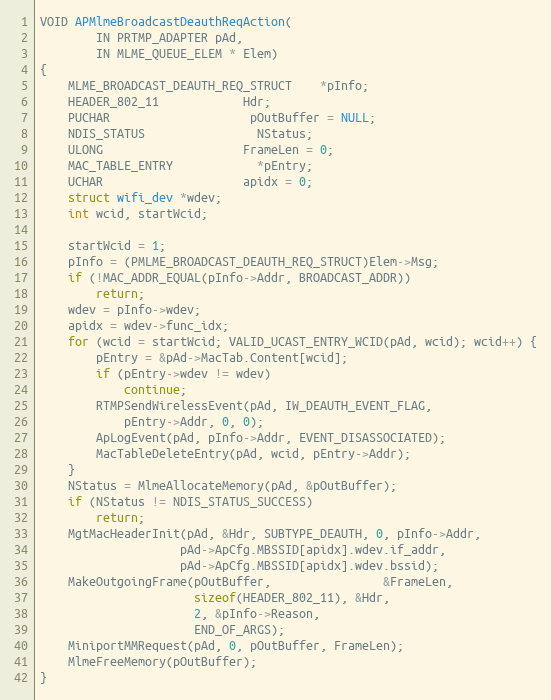
Language: C
VOID APMlmeBroadcastDeauthReqAction(
		IN PRTMP_ADAPTER pAd,
		IN MLME_QUEUE_ELEM * Elem)
{
	MLME_BROADCAST_DEAUTH_REQ_STRUCT	*pInfo;
	HEADER_802_11			Hdr;
	PUCHAR					pOutBuffer = NULL;
	NDIS_STATUS				NStatus;
	ULONG					FrameLen = 0;
	MAC_TABLE_ENTRY			*pEntry;
	UCHAR					apidx = 0;
	struct wifi_dev *wdev;
	int wcid, startWcid;

	startWcid = 1;
	pInfo = (PMLME_BROADCAST_DEAUTH_REQ_STRUCT)Elem->Msg;
	if (!MAC_ADDR_EQUAL(pInfo->Addr, BROADCAST_ADDR))
		return;
	wdev = pInfo->wdev;
	apidx = wdev->func_idx;
	for (wcid = startWcid; VALID_UCAST_ENTRY_WCID(pAd, wcid); wcid++) {
		pEntry = &pAd->MacTab.Content[wcid];
		if (pEntry->wdev != wdev)
			continue;
		RTMPSendWirelessEvent(pAd, IW_DEAUTH_EVENT_FLAG,
			pEntry->Addr, 0, 0);
		ApLogEvent(pAd, pInfo->Addr, EVENT_DISASSOCIATED);
		MacTableDeleteEntry(pAd, wcid, pEntry->Addr);
	}
	NStatus = MlmeAllocateMemory(pAd, &pOutBuffer);
	if (NStatus != NDIS_STATUS_SUCCESS)
		return;
	MgtMacHeaderInit(pAd, &Hdr, SUBTYPE_DEAUTH, 0, pInfo->Addr,
					pAd->ApCfg.MBSSID[apidx].wdev.if_addr,
					pAd->ApCfg.MBSSID[apidx].wdev.bssid);
	MakeOutgoingFrame(pOutBuffer,				&FrameLen,
					  sizeof(HEADER_802_11), &Hdr,
					  2, &pInfo->Reason,
					  END_OF_ARGS);
	MiniportMMRequest(pAd, 0, pOutBuffer, FrameLen);
	MlmeFreeMemory(pOutBuffer);
}